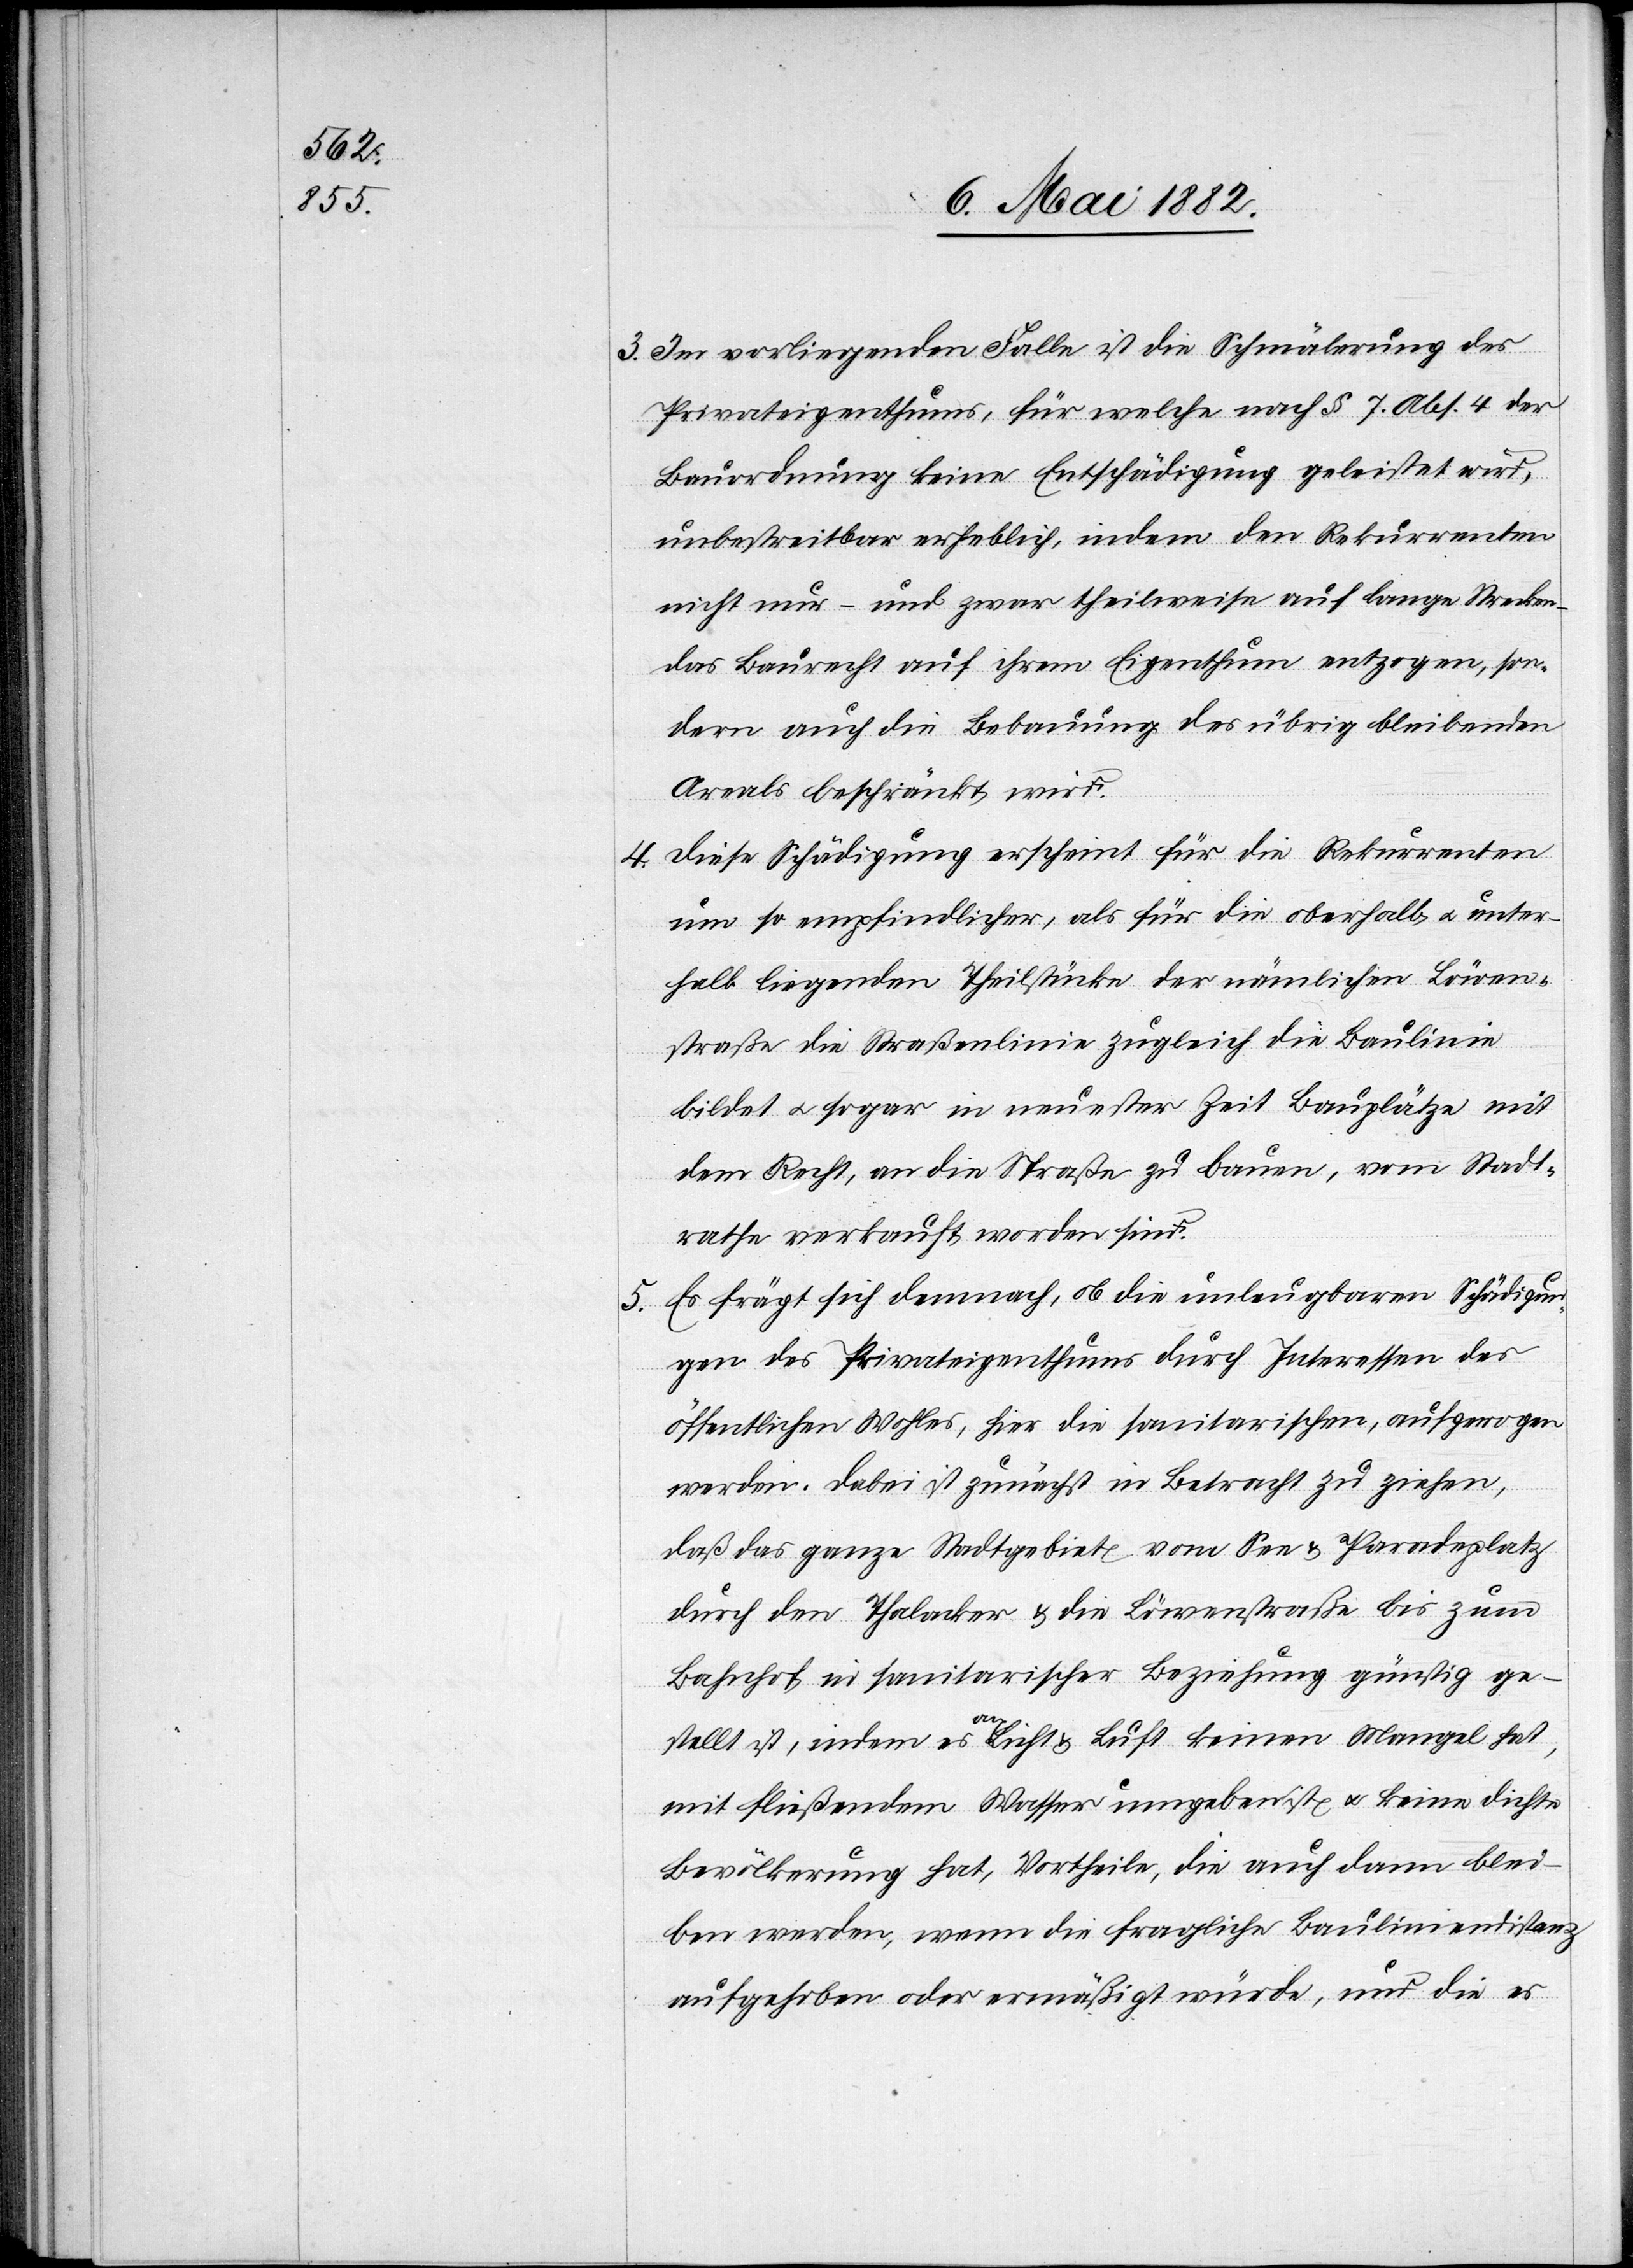
3. Im vorliegenden Falle ist die Schmälerung des
Privateigenthums, für welche nach § 7 Abs. 4 der
Bauordnung keine Entschädigung geleistet wird,
unbestreitbar erheblich, indem den Rekurrenten
nicht nur – und zwar theilweise auf langen Strecken
das Baurecht auf ihrem Eigenthum entzogen, son¬
dern auch die Bebauung des übrig bleibenden
Areals beschränkt wird.
4 Diese Schädigung erscheint für die Rekurrenten
um so empfindlicher, als für die oberhalb u. unter¬
halb liegenden Theilstücke der nämlichen Löwen¬
straße die Straßenlinie zugleich die Baulinie
bildet u. sogar in neuester Zeit Bauplätze mit
dem Recht, an die Straße zu bauen, vom Stadt¬
rathe verkauft worden sind.
5. Es frägt sich demnach, ob die unleugbaren Schädigun¬
gen des Privateigenthums durch Interessen des
öffentlichen Wohles, hier die sanitarischen, aufgewogen
werden. Dabei ist zunächst in Betracht zu ziehen,
daß das ganze Stadtgebiet vom See & Paradeplatz
durch den Thalacker & die Löwenstraße bis zum
Bahnhof in sanitarischer Beziehung günstig ge¬
stellt ist, in dem es an Licht & Luft keinen Mangel hat,
mit fließendem Wasser umgeben ist u. keine dichte
Bevölkerung hat, Vortheile, die auch dann blei¬
ben werden, wenn die fragliche Bauliniendistanz
aufgehoben oder ermäßigt würde, und die es